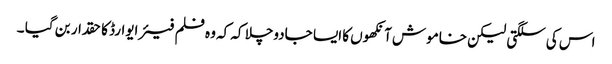
اس کی سلگتی لیکن خاموش آنکھوں کا ایسا جادوچلا کہ کہ وہ فلم فیئر ایوارڈ کا حقدار بن گیا ۔